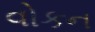
વોકન